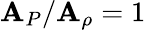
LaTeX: \mathbf{A}_{P}/\mathbf{A}_{\rho}=1